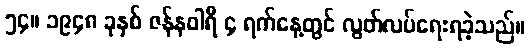
၅၄။ ၁၉၄၈ ခုနှစ် ဇန်နဝါရီ ၄ ရက်နေ့တွင် လွတ်လပ်ရေးရခဲ့သည်။